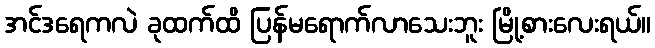
အင်ဒရေကလဲ ခုထက်ထိ ပြန်မရောက်လာသေးဘူး မြို့စားလေးရယ်။